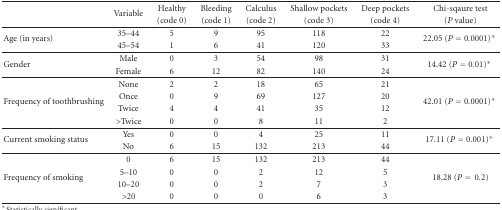
<table><thead><tr><td rowspan="2"></td><td rowspan="2"><b>Variable</b></td><td><b>Healthy </b></td><td><b>Bleeding </b></td><td><b>Calculus </b></td><td><b>Shallow pockets </b></td><td><b>Deep pockets </b></td><td><b>Chi-sqaure test </b></td></tr><tr><td><b>(code 0)</b></td><td><b>(code 1)</b></td><td><b>(code 2)</b></td><td><b>(code 3)</b></td><td><b>(code 4)</b></td><td><b>(<i>P</i> value)</b></td></tr></thead><tbody><tr><td rowspan="2">Age (in years)</td><td>35–44</td><td>5</td><td>9</td><td>95</td><td>118</td><td>22</td><td rowspan="2">22.05 (<i>P</i> = 0.0001)*</td></tr><tr><td>45–54</td><td>1</td><td>6</td><td>41</td><td>120</td><td>33</td></tr><tr><td rowspan="2">Gender</td><td>Male</td><td>0</td><td>3</td><td>54</td><td>98</td><td>31</td><td rowspan="2">14.42 (<i>P</i> = 0.01)*</td></tr><tr><td>Female</td><td>6</td><td>12</td><td>82</td><td>140</td><td>24</td></tr><tr><td rowspan="4">Frequency of toothbrushing</td><td>None</td><td>2</td><td>2</td><td>18</td><td>65</td><td>21</td><td rowspan="4">42.01 (<i>P</i> = 0.0001)*</td></tr><tr><td>Once</td><td>0</td><td>9</td><td>69</td><td>127</td><td>20</td></tr><tr><td>Twice </td><td>4</td><td>4</td><td>41</td><td>35</td><td>12</td></tr><tr><td>&gt;Twice</td><td>0</td><td>0</td><td>8</td><td>11</td><td>2</td></tr><tr><td rowspan="2">Current smoking status</td><td>Yes</td><td>0</td><td>0</td><td>4</td><td>25</td><td>11</td><td rowspan="2">17.11 (<i>P</i> = 0.001)*</td></tr><tr><td>No</td><td>6</td><td>15</td><td>132</td><td>213</td><td>44</td></tr><tr><td rowspan="4">Frequency of smoking</td><td>0</td><td>6</td><td>15</td><td>132</td><td>213</td><td>44</td><td rowspan="4">18.28 (<i>P</i> =0.2)</td></tr><tr><td>5–10</td><td>0</td><td>0</td><td>2</td><td>12</td><td>5</td></tr><tr><td>10–20 </td><td>0</td><td>0</td><td>2</td><td>7</td><td>3</td></tr><tr><td>&gt;20</td><td>0</td><td>0</td><td>0</td><td>6</td><td>3</td></tr></tbody></table>